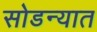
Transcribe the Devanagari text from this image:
सोडन्यात